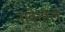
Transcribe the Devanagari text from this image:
नावेतील